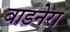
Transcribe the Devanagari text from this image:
बाडनेरा